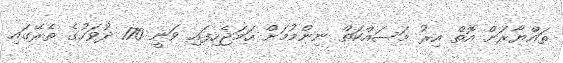
ތައްޔާރަށް އޮތް އިރު މަސައްކަތް ނިންމުމަށް ހަމަޖެހިފައި ވަނީ 170 ދުވަހުގެ ތެރޭގައި